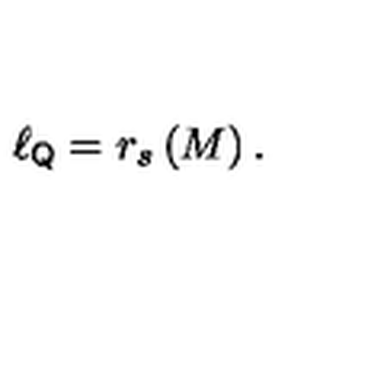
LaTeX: \ell _ { { \sf Q } } = r _ { s } \left( M \right) .